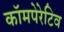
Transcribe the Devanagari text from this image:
कॉमपेरेटिव